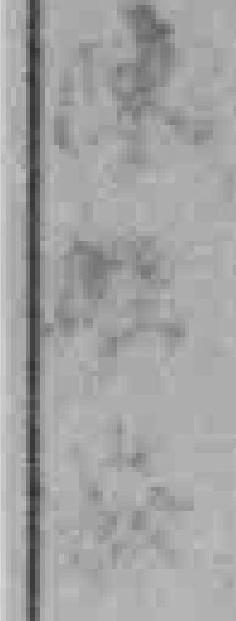
陳**